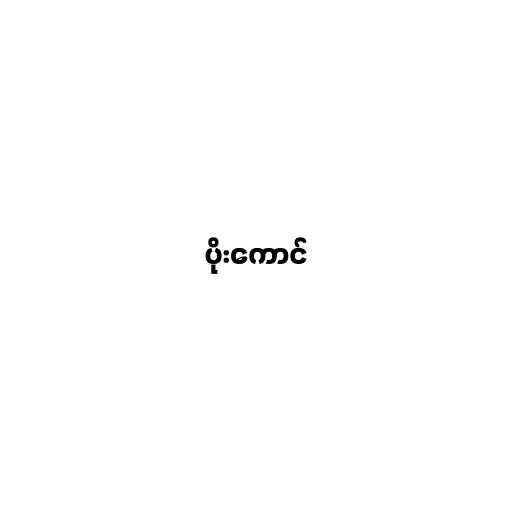
ပိုးကောင်